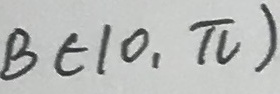
B \in ( 0 , \pi )